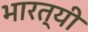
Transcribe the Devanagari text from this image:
भारत्यी